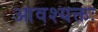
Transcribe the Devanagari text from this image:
आवश्यक्तः